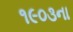
૧૯૦૩ના